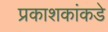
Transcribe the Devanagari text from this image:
प्रकाशकांकडे